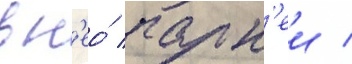
в н'ео́ парн'еи /